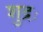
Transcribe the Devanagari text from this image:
शुद्रः